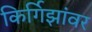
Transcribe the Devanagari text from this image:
किर्गिझांवर